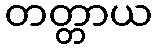
တတ္တာယ